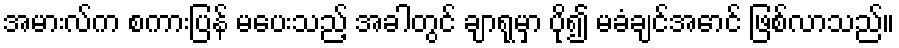
အမားလ်က စကားပြန် မပေးသည့် အခါတွင် ချာရုမှာ ပို၍ မခံချင်အောင် ဖြစ်လာသည်။